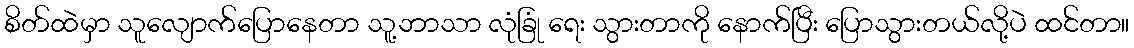
စိတ်ထဲမှာ သူလျောက်ပြောနေတာ သူ့ဘာသာ လုံခြုံ ရေး သွားတာကို နောက်ပြီး ပြောသွားတယ်လို့ပဲ ထင်တာ။